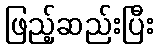
ဖြည့်ဆည်းပြီး